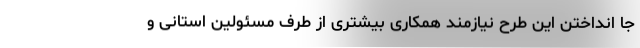
جا انداختن این طرح نیازمند همکاری بیشتری از طرف مسئولین استانی و